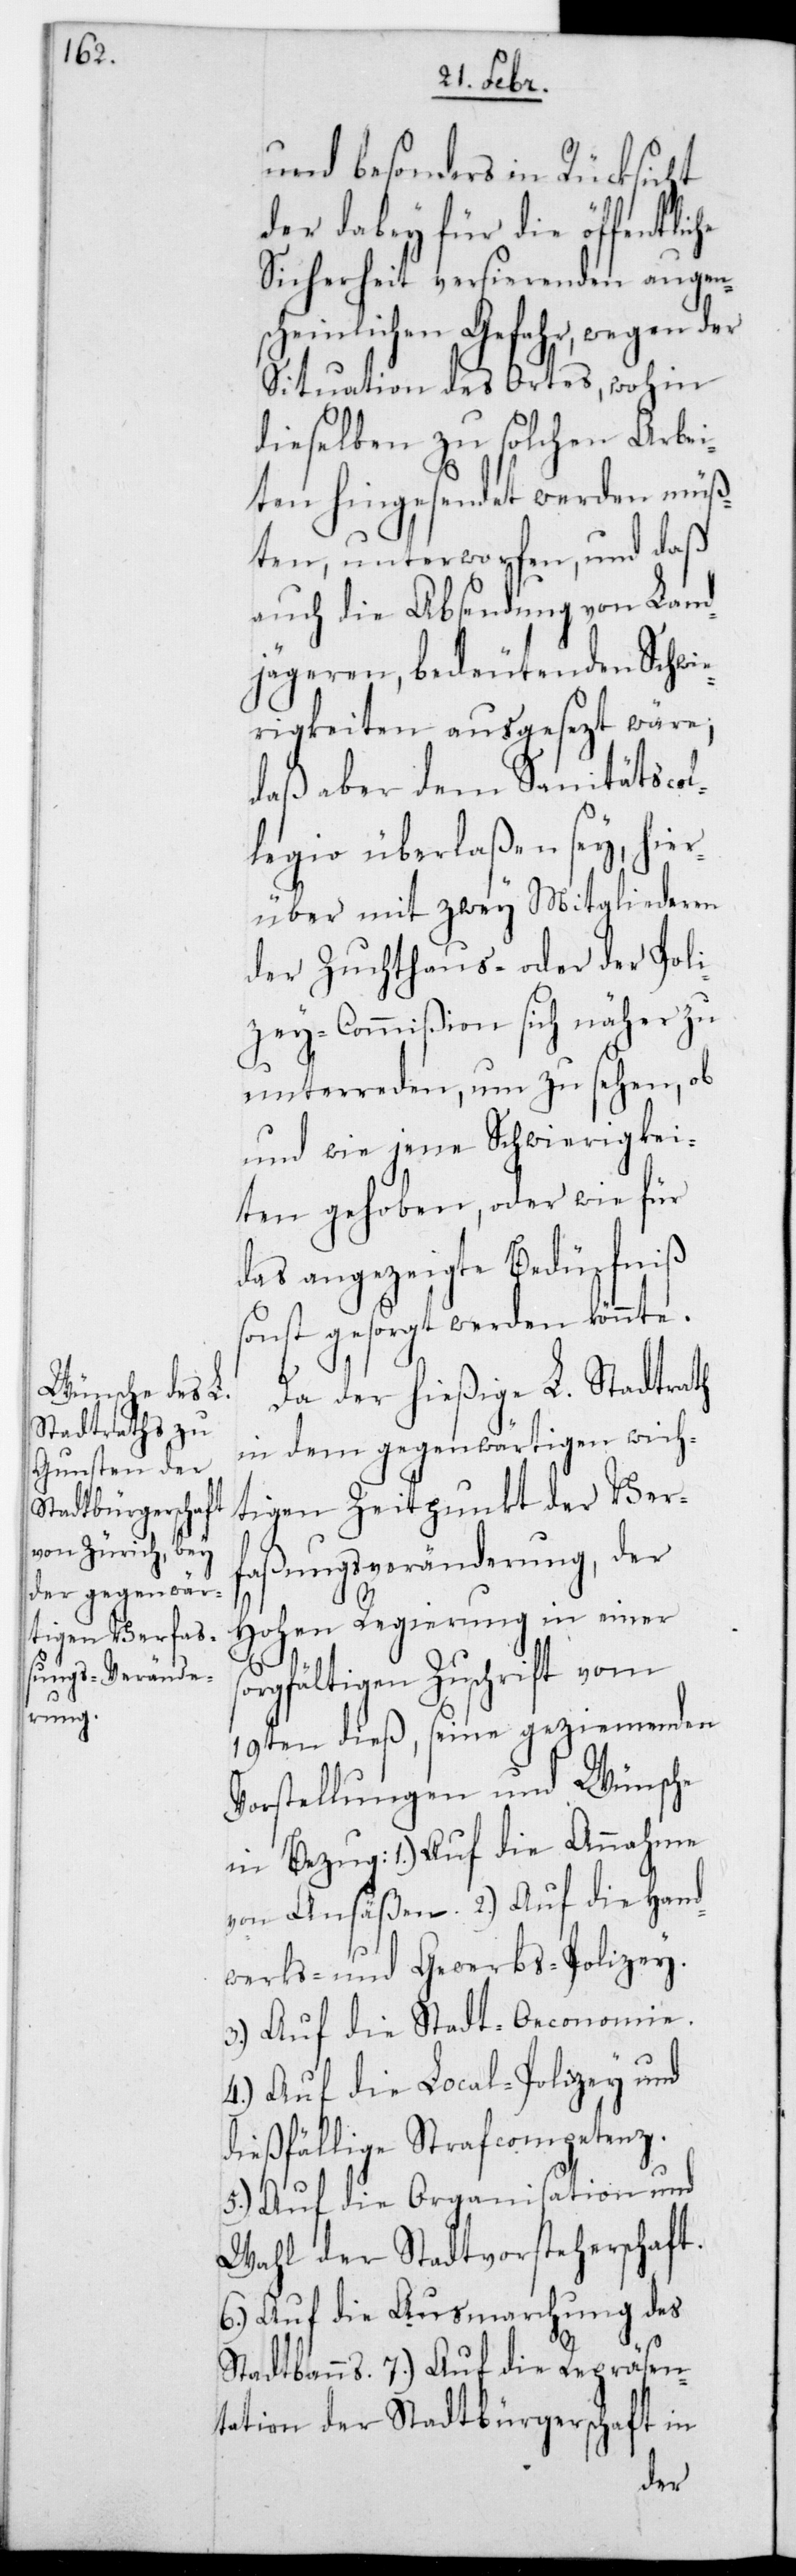
und besonders in Rücksicht
der dabey für die öffentlic¬
augens¬
Sicherheit versieren¬
den
cheinlichen Gefahr,
Hand¬
Situation des O¬
Arbei¬
dieselben zu sol¬
müß¬
ten hingesendet werd¬
daß
ten, unterworfen,
auch die Absendung von Land¬
Schwi¬
jägeren bedeuten¬
erigkeiten ausgesezt
daß aber dem Sanitäts-Col¬
legio überlaßen sey, hier¬
über mit zwey Mitgliederen
der Zuchthaus- oder der Poli¬
zey-Commißion sich näher zu
unterreden, um zu sehen, ob
und wie jene Schwierigkei¬
ten gehoben, oder wie für
das angezeigte Bedürfniß
sonst gesorgt werden könnte.
Da der hießige L. Stadtrath
in dem gegenwärtigen wich¬
tigen Zeitpunkt der Verf¬
aßungsveränderung der
Hohen Regierung in einer
orgfältigen Zuschrift vom
19ten dieß, seine geziemenden
Vorstellungen und Wünsche
werks- und Gewerbspolizey.
3.) Auf die Stadt-Oeconomie.
4.) Auf die Local-Polizey und
dießfällige Strafcompetenz.
5.) Auf die Organisation und
Wahl der Stadtvorsteherschaft.
6.) Auf die Ausmarchung des
7.) Auf die Repräsen¬
tation der Stadtbürgerschaft in
den